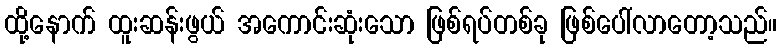
ထို့နောက် ထူးဆန်းဖွယ် အကောင်းဆုံးသော ဖြစ်ရပ်တစ်ခု ဖြစ်ပေါ်လာတော့သည်။